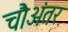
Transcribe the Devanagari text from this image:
चौअंतर